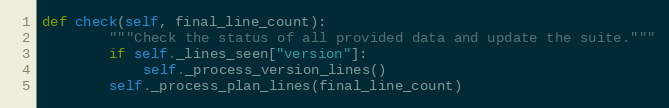
Language: Python
def check(self, final_line_count):
        """Check the status of all provided data and update the suite."""
        if self._lines_seen["version"]:
            self._process_version_lines()
        self._process_plan_lines(final_line_count)